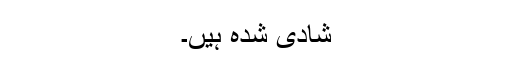
شادی شدہ ہیں۔